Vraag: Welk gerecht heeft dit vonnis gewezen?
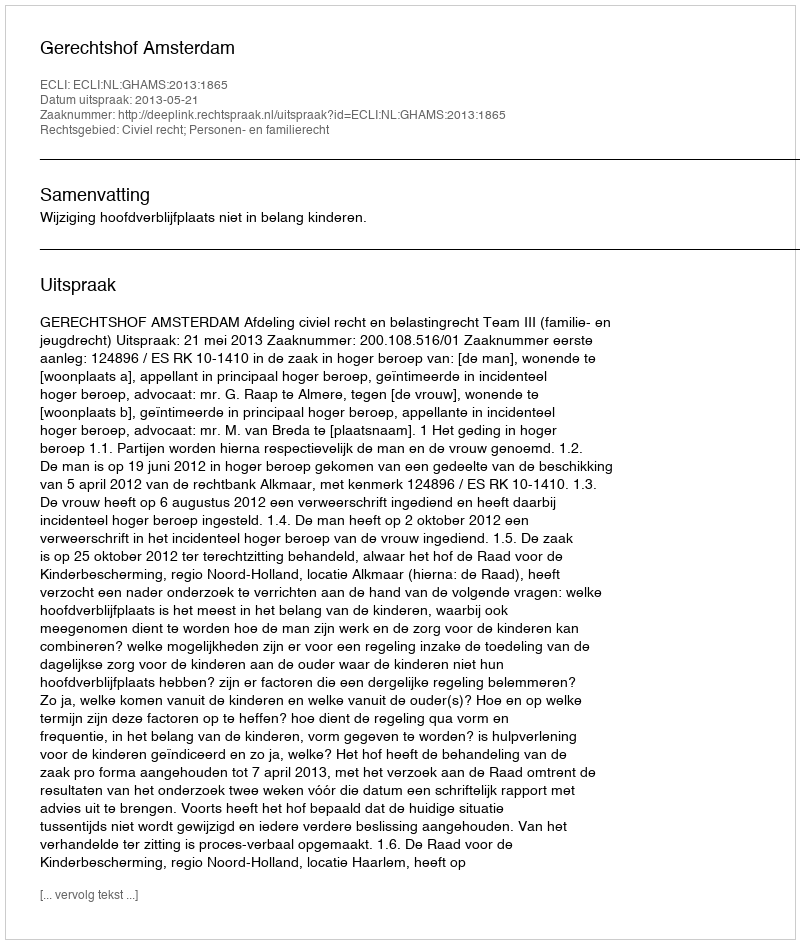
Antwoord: Gerechtshof Amsterdam